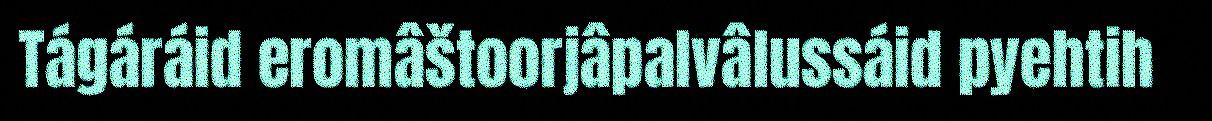
Tágáráid eromâštoorjâpalvâlussáid pyehtih